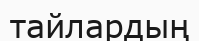
тайлардың